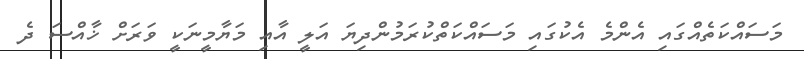
މަސައްކަތެއްގައި އެންމެ އެކުގައި މަސައްކަތްކުރަމުންދިޔަ އަލީ އާއި މަޔާމީނަކީ ވަރަށް ޚާއްސަ ދެ